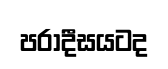
පරාදීසයටද